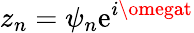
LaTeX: z_{n}=\psi_{n}\mathrm{e}^{i\omegat}